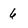
Character: 6